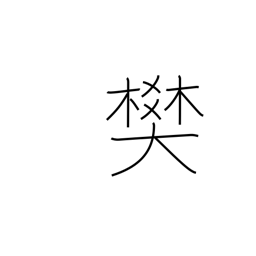
Meaning: pen